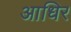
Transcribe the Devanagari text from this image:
आधिर